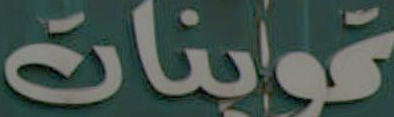
عواينات